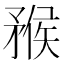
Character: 䂉